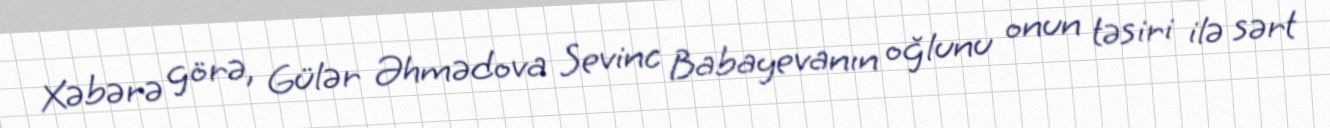
Xəbərə görə, Gülər Əhmədova Sevinc Babayevanın oğlunu onun təsiri ilə sərt